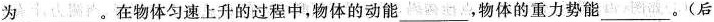
为____。在物体匀速上升的过程中，物体的动能___，物体的重力势能___(后